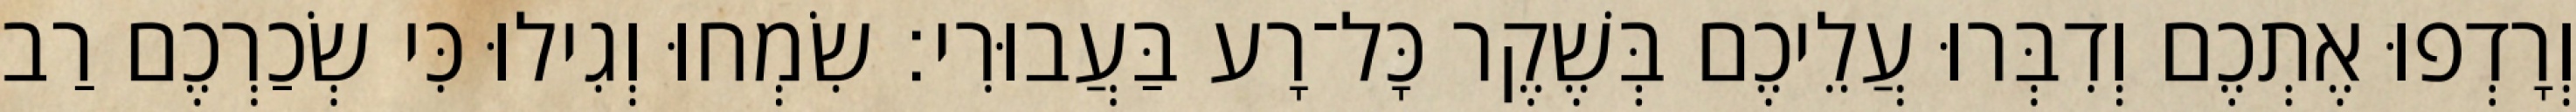
וְרָדְפוּ אֶתְכֶם וְדִבְּרוּ עֲלֵיכֶם בְּשֶׁקֶר כָּל־רָע בַּעֲבוּרִי׃ שִׂמְחוּ וְגִילוּ כִּי שְׂכַרְכֶם רַב